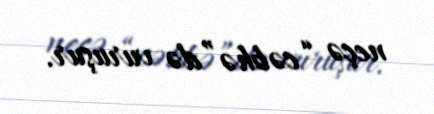
neçə “cəbhə”də vuruşur.